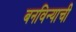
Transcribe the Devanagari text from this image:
बनविन्याची